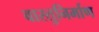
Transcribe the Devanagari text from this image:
वास्तुनिर्माण